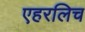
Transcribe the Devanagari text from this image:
एहरलिच